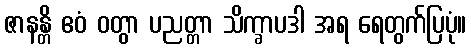
ဇာနန္တိ ဧဝံ ဝတွာ ပညတ္တာ သိက္ခာပဒါ အရ ရေတွက်ပြပုံ။